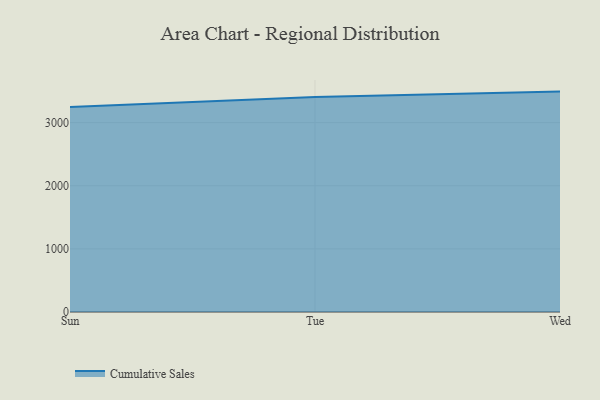
{"axis": {"x": "Day", "y": "Conversion Rate (%)"}, "legend": ["Cumulative Sales"], "data": [{"x": "Sun", "y": 3246.3, "type": "Cumulative Sales"}, {"x": "Tue", "y": 3403.1, "type": "Cumulative Sales"}, {"x": "Wed", "y": 3490.2, "type": "Cumulative Sales"}]}